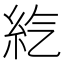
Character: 𥾨